Vaccine operations Central Provinces 1886-1899 - 1886-1899
Year: 1886
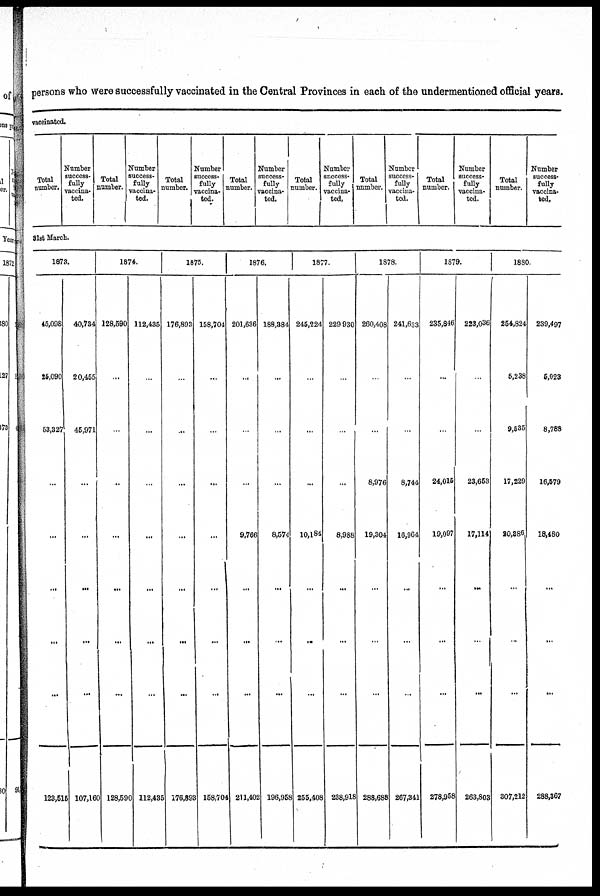
persons who were successfully vaccinated in the Central Provinces in each of the undermentioned official years.
vaccinated.
Total
number.
Number
success-
fully
vaccina-
ted.
Total
number.
Number
success-
fully
vaccina-
ted.
Total
number.
Number
success-
fully
vaccina-
ted.
Total
number.
Number
success-
fully
vaccina¬
ted.
Total
number.
Number
success¬
fully
vaccina-
ted,
Total
number.
Number
success-
fully
vaccina-
ted.
Total
number.
Number
success-
fully
vaccina-
ted.
Total
number.
Number
success-
fully
vaccina-
ted,
31st March.
1873.
45,098
25,090
53,327
...
…
...
...
123,515
40,734
20,455
45,971
...
...
...
…
107,160
1874.
128,590
...
...
…
...
...
...
128,690
112,435
...
...
...
…
...
...
112,435
1875.
176,893
...
...
...
...
...
…
176,893
158,704
...
...
...
…
...
...
158,704
1876.
201,636
…
...
...
9,766
...
…
211,405
188,384
...
...
...
8,574
...
…
196,958
1877.
245,224
...
...
...
10,184
...
…
255,408
229,930
...
...
...
8,988
...
...
238,918
1878.
260,408
…
...
8,976
19,304
...
…
288,688
241,633
...
...
8,744
16,964
...
...
267,341
1879.
235,846
...
...
24,015
19,097
...
…
278,958
223,036
…
...
23,653
17,114
...
...
263,803
1880
254,824
5,238
9,535
17,229
20,386.
…
…
307,212
239,497
5,023
8,788
16,579
18,480
…
…
288,367